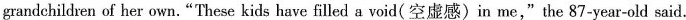
grandchildren of her own."These kids have filled a void( 空虚感)in me,"the 87-year-old said.